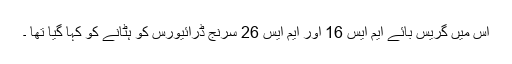
اس میں گریس بائے ایم ایس 16 اور ایم ایس 26 سرنج ڈرائیورس کو ہٹانے کو کہا گیا تھا ۔